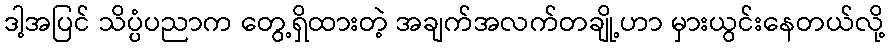
ဒါ့အပြင် သိပ္ပံပညာက တွေ့ရှိထားတဲ့ အချက်အလက်တချို့ဟာ မှားယွင်းနေတယ်လို့